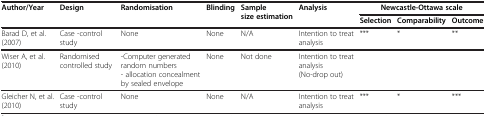
<table><thead><tr><td rowspan="2"><b>Author/Year</b></td><td rowspan="2"><b>Design</b></td><td rowspan="2"><b>Randomisation</b></td><td rowspan="2"><b>Blinding</b></td><td rowspan="2"><b>Sample size estimation</b></td><td rowspan="2"><b>Analysis</b></td><td colspan="3"><b>Newcastle-Ottawa scale</b></td></tr><tr><td><b>Selection</b></td><td><b>Comparability</b></td><td><b>Outcome</b></td></tr></thead><tbody><tr><td>Barad D, et al. (2007)</td><td>Case -control study</td><td>None</td><td>None</td><td>N/A</td><td>Intention to treat analysis</td><td>***</td><td>*</td><td>**</td></tr><tr><td>Wiser A, et al. (2010)</td><td>Randomised controlled study</td><td>-Computer generated random numbers</td><td>None</td><td>Not done</td><td>Intention to treat analysis</td><td> </td><td> </td><td> </td></tr><tr><td> </td><td> </td><td>- allocation concealment by sealed envelope</td><td> </td><td> </td><td>(No-drop out)</td><td> </td><td> </td><td> </td></tr><tr><td>Gleicher N, et al. (2010)</td><td>Case -control study</td><td>None</td><td>None</td><td>N/A</td><td>Intention to treat analysis</td><td>***</td><td>*</td><td>***</td></tr></tbody></table>